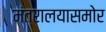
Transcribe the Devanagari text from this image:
मंत्रालयासमोर